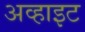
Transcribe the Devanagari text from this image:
अव्हाइट